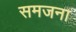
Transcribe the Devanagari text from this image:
समजना